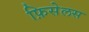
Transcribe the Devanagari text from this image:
फ़िसेलस